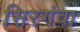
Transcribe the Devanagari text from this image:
सिरगंवा